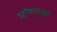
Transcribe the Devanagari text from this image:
स्टॉकयार्ड्स